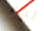
لدي